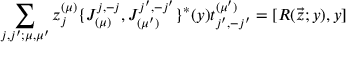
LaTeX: \sum _ { j , j ^ { \prime } ; \mu , \mu ^ { \prime } } z _ { j } ^ { ( \mu ) } \{ J _ { ( \mu ) } ^ { j , - j } , J _ { ( \mu ^ { \prime } ) } ^ { j ^ { \prime } , - j ^ { \prime } } \} ^ { * } ( y ) t _ { j ^ { \prime } , - j ^ { \prime } } ^ { ( \mu ^ { \prime } ) } = [ R ( \vec { z } ; y ) , y ]